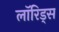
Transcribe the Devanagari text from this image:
लॉरिड्स